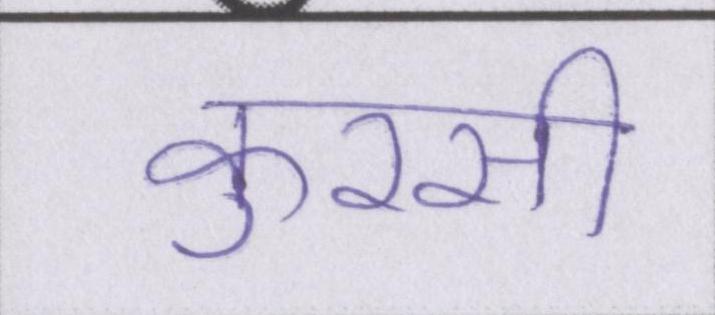
कुरसी